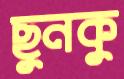
ছুনকু